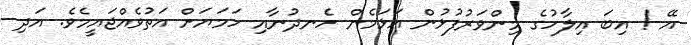
އޭ ! އިބަ އިލާހުގެ މިންވަރުފުޅުން އަޅަމެން ހެނދުނާއި ހަމަޔަށް އަތުވެއްޖައީމެވެ. އަދި